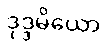
ဒုဒ္ဒမိယော